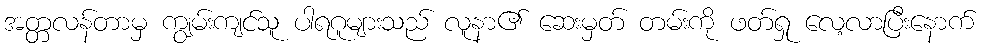
အတ္တလန်တာမှ ကျွမ်းကျင်သူ ပါရဂူများသည် လူနာ၏ ဆေးမှတ် တမ်းကို ဖတ်ရှု လေ့လာပြီးနောက်